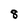
Character: 8